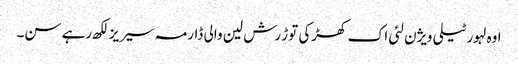
اوہ لہور ٹیلی ویژن لئی اک کھڑکی توڑ رش لین والی ڈارمہ سیریز لکھ رہے سن۔